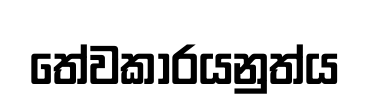
තේවකාරයනුත්ය